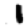
Digit: 1